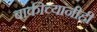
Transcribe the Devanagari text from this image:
बाकीच्यांनीही